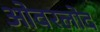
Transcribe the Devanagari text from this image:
ओवरलोद